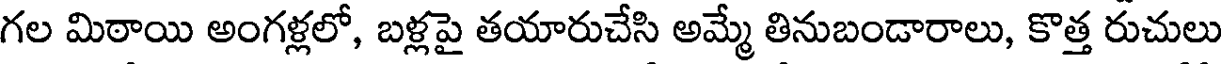
గల మిఠాయి అంగళ్లలో, బళ్లపై తయారుచేసి అమ్మే తినుబండారాలు, కొత్త రుచులు